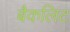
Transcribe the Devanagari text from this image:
बैकलिट